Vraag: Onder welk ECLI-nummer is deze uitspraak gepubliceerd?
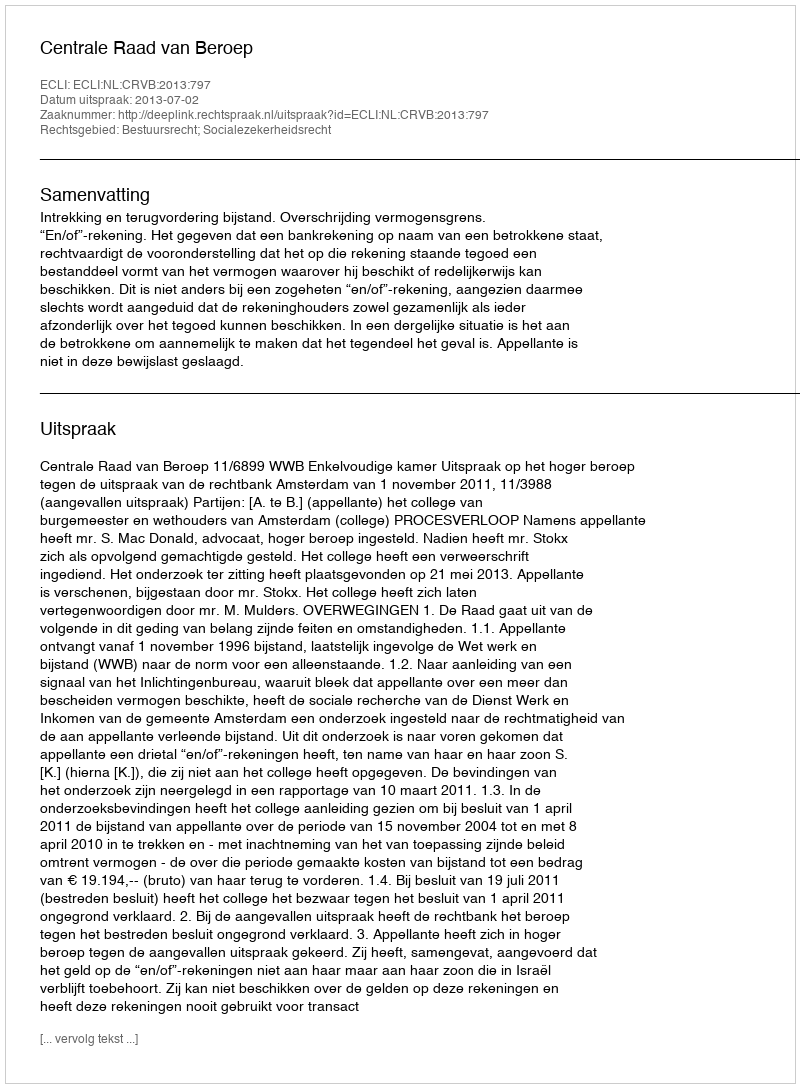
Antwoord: ECLI:NL:CRVB:2013:797